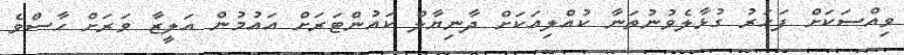
ވިއްސަކަށް ފަހަރު ގުޅާލެވުނުތަނާ ކުއްލިއަކަށް ދާނިޔާލް ކައުންޓަރަށް އައުމުން އަލީޒާ ވަރަށް ހާސްވެ